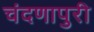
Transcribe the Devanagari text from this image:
चंदणापुरी